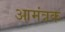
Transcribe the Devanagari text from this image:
आमंत्रक